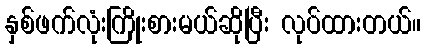
နှစ်ဖက်လုံးကြိုးစားမယ်ဆိုပြီး လုပ်ထားတယ်။